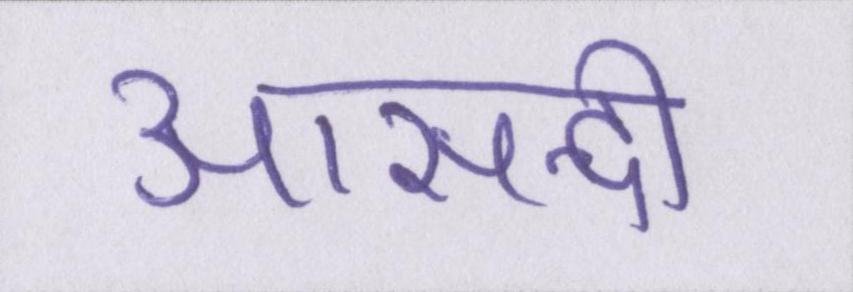
आसन्दी